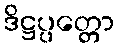
ဒိဋ္ဌပ္ပတ္တော